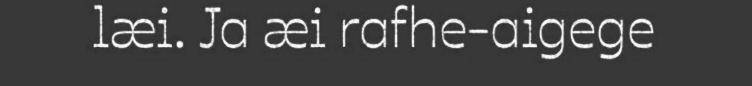
læi. Ja æi rafhe-aigege